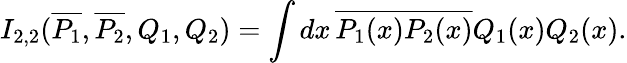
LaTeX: I_{2,2}(\overline{{{P_{1}}}},\overline{{{P_{2}}}},Q_{1},Q_{2})=\int dx\, \overline{{{P_{1}(x)}}}\overline{{{P_{2}(x)}}}Q_{1}(x)Q_{2}(x).